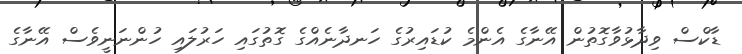
ޑާކްސް ވިދާޅުވާގޮތުން އޭނާގެ އެންމެ ކުޑައިރުގެ ހަނދާނެއްގެ ގޮތުގައި ހަރުލައި ހުންނަނީވެސް އޭނާގެ